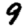
Digit: 9